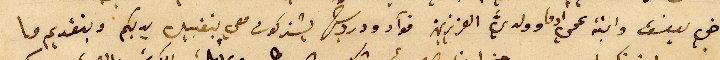
اخي يوسف وابنة عمي ادما وولدي العزيزين فوآد ودرويش يشتركون معي بتقبيل يديكم وبتقديم ما